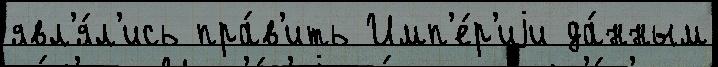
явл'я́л'ись пра́в'ить Имп'е́р'иjи да́нным